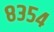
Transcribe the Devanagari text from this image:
८३५४